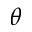
\theta